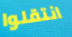
انتقلوا